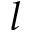
l